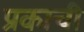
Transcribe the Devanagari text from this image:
प्रकाची